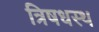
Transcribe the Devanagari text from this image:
त्रिषधस्थ